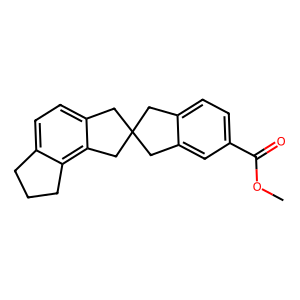
SMILES: COC(=O)c1ccc2c(c1)CC1(C2)Cc2ccc3c(c2C1)CCC3
Inhibits HIV replication: No